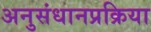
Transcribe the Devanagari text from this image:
अनुसंधानप्रक्रिया